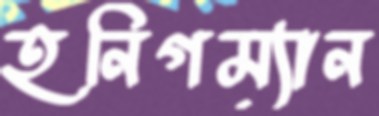
হনিগম্যান